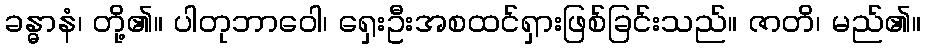
ခန္ဓာနံ၊ တို့၏။ ပါတုဘာဝေါ၊ ရှေးဦးအစထင်ရှားဖြစ်ခြင်းသည်။ ဇာတိ၊ မည်၏။